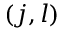
( j , l )